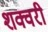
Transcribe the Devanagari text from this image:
शक्वरी